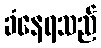
ခံနေရသည်